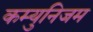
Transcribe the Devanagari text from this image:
कम्युनिजम